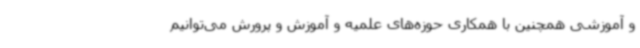
و آموزشی همچنین با همکاری حوزه‌های علمیه و آموزش و پرورش می‌توانیم